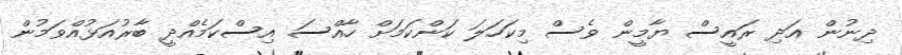
ދިނުން އަދި ރައީސް ޔާމީން ވެސް މިކަހަލަ ކަންކަމަށް ހާއްސަ އިސްކަމެއްދީ ބާރުއަޅުއްވަމުން